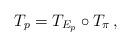
LaTeX: \begin{align*}T_p=T_{E_p}\circ T_{\pi}\,,\end{align*}